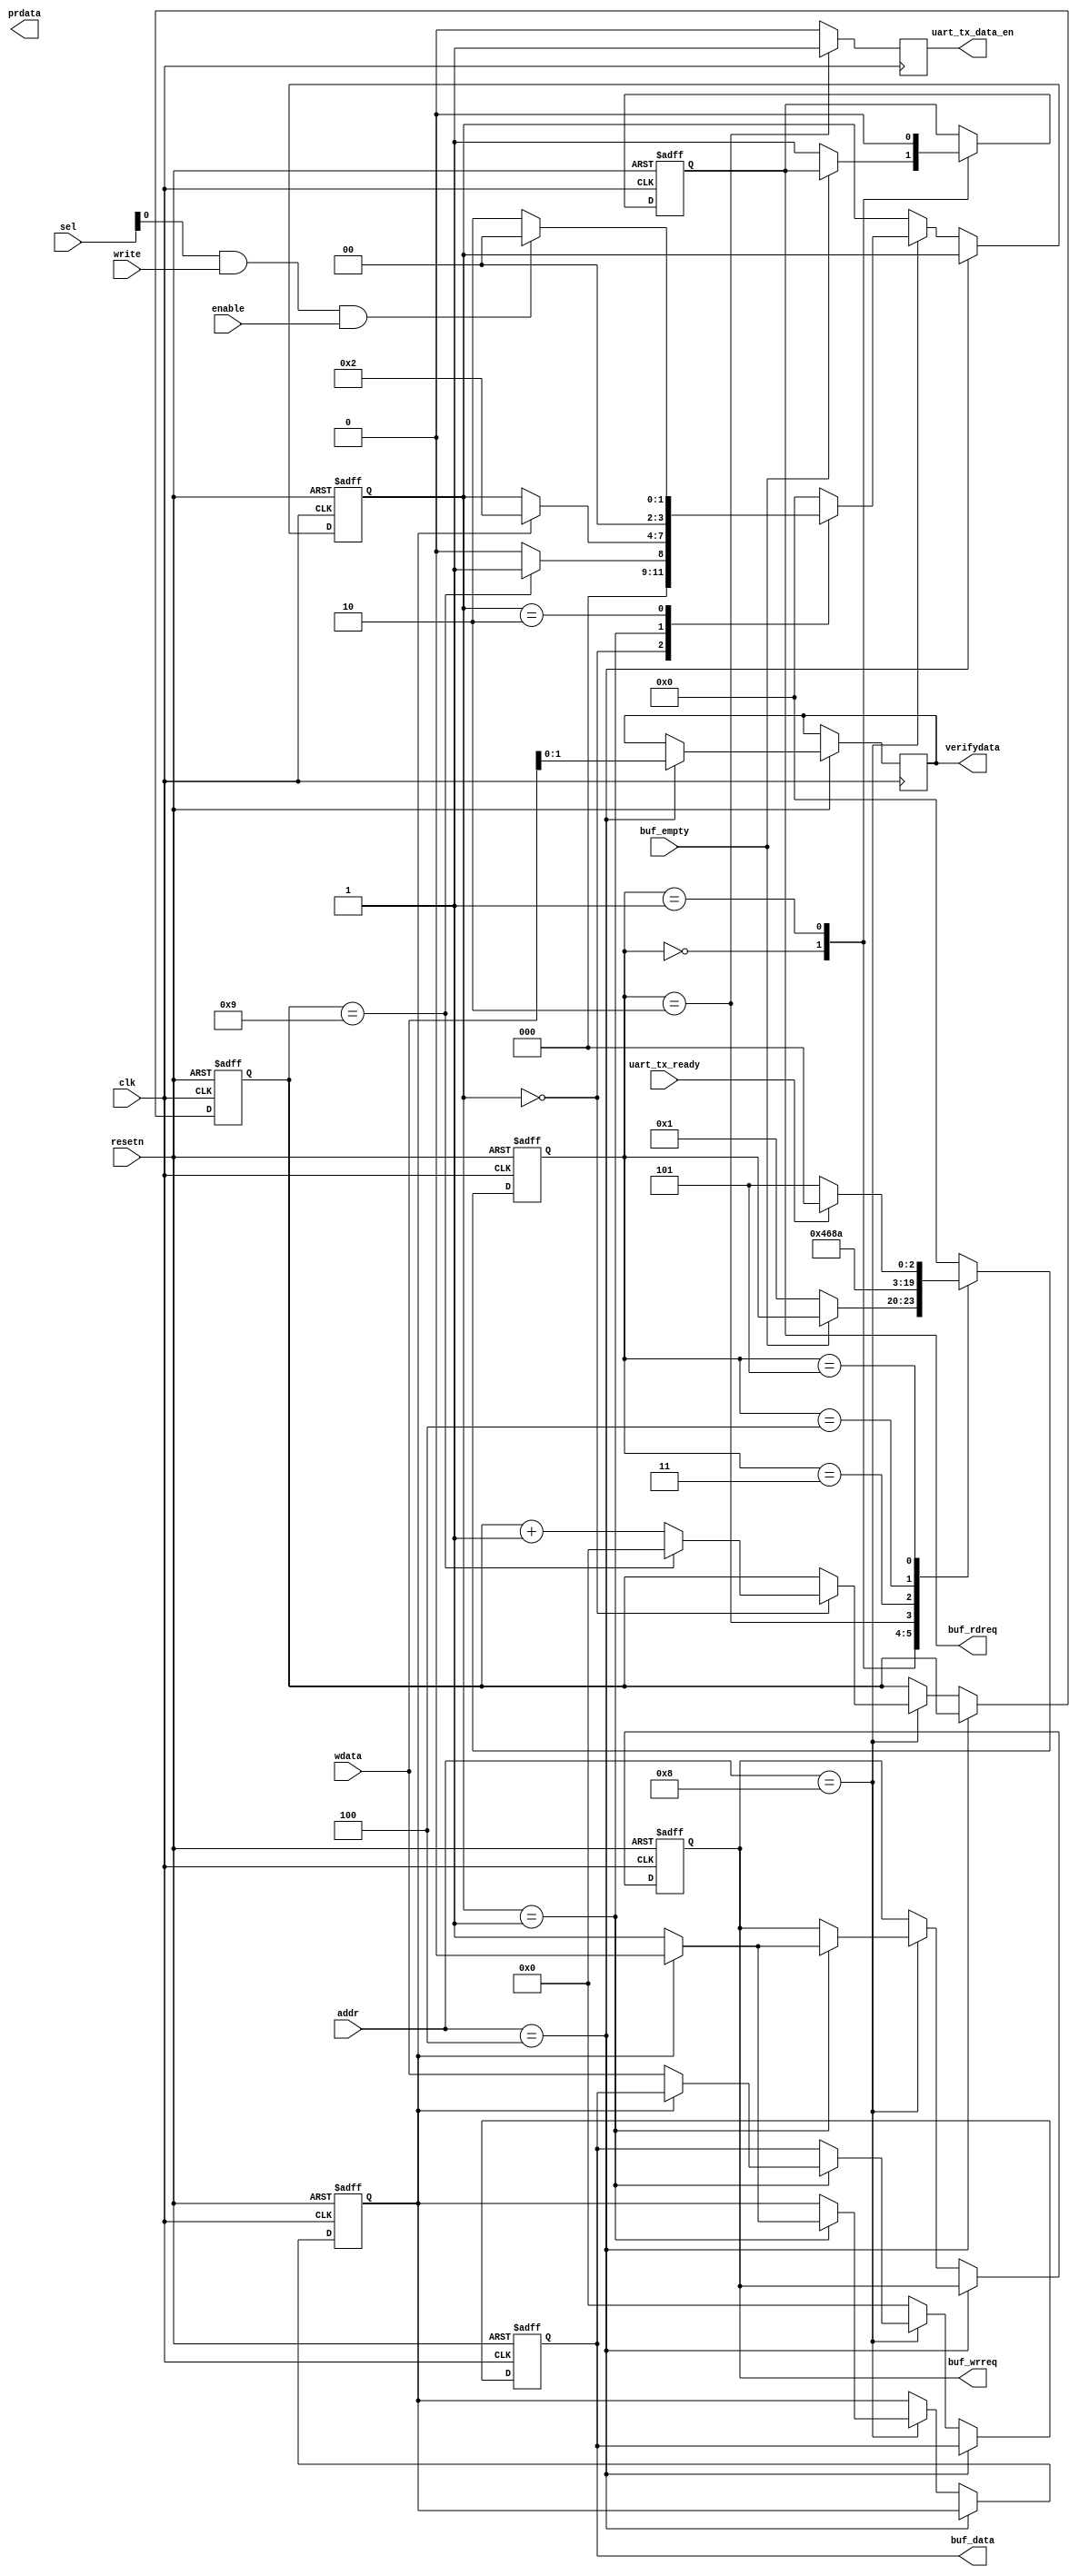
`timescale 1 ns/ 1 ps
module uart_tx_fifo
(
   input         clk,
	input         resetn,
	input[31:0]   addr,
	input[3:0]    sel,
	input         enable,
	input         write,
	input[31:0]   wdata,
	input         buf_empty,
	input         uart_tx_ready,
	
	output reg[31:0] buf_data,
	output reg buf_rdreq,
   output reg buf_wrreq,
   output reg   uart_tx_data_en,
	output reg [1:0] verifydata,
	
   output reg[31:0]  prdata
);


localparam[31:0] txaddr=32'h8;
localparam[31:0] controladdr=32'h4;
//FIFO
localparam S_RD_IDLE   = 4'd0;
localparam S_RD_FIFO   = 4'd1;
localparam S_RD_SEND   = 4'd5;
localparam S_RD_DELAY   = 4'd2;
localparam S_RD_DELAYY   = 4'd3;
localparam S_RD_DELAYYY   = 4'd4;
//FIFO
localparam S_WR_IDLE   = 4'd0;
localparam S_WR_SEND   = 4'd1;
localparam S_WR_STOP   = 4'd2;

//reg[31:0] buf_data;
reg        aa=0;
assign write_act = sel & write & enable;
assign read_act = sel & (~write) & enable;

//wire[7:0] uart_tx_data;
//wire uart_tx_ready;
//wire uart_tx_data_en1;
//reg[7:0] buf_data;
//reg buf_rdreq;
//reg buf_wrreq;
//wire buf_empty;

reg[31:0] timer_cnt;

reg[3:0] rd_state;
reg[3:0] wr_state;

//reg[7:0] byte_cnt;
//assign uart_tx_data_en = (rd_state == S_RD_DELAY);
always@(posedge clk)
begin
if(rd_state == S_RD_DELAY)
uart_tx_data_en<=1;
else
  uart_tx_data_en<=0;
end

always@(posedge clk or negedge  resetn)
begin
	if(~ resetn)
	begin
		timer_cnt <= 32'd0;
		buf_wrreq <= 1'b0;
		wr_state <= S_WR_IDLE;
		//byte_cnt <= 8'd0;
		buf_data <= 8'd0;
		aa<=0;
	end
	else
	begin
  if(addr==controladdr)
    verifydata<=wdata[1:0];
	 else
	 begin
	if(addr==txaddr)
	begin
		case(wr_state)
			S_WR_IDLE:
			begin
				if(timer_cnt == 32'd9)//
				begin
					wr_state <= S_WR_SEND;
					timer_cnt <= 32'd0;
				end
				else
				begin
					wr_state <= S_WR_IDLE;
					timer_cnt <= timer_cnt + 32'd1;
				end
			end
			
			S_WR_SEND:
			begin
				if(aa)//
				begin
					buf_wrreq <= 1'b0;
					wr_state <= S_WR_STOP;
					aa<=0;
				end
				else
				 begin
					buf_wrreq <= 1'b1;	
				   buf_data <= wdata;
					aa<=1;
				end
			end
			
			S_WR_STOP:
			begin
			if(write_act)
			wr_state <= S_WR_IDLE;
			else
			wr_state <= S_WR_STOP;
			end
			
			default:
				wr_state <= S_WR_IDLE;
		endcase
		end
		else
		 buf_data <= 0;
		 end
	end
end





 always@(posedge clk or negedge resetn)
begin
	if(~resetn)
	begin
		buf_rdreq <= 1'b0;
		rd_state <= S_RD_IDLE;
	end
	else
	begin
		case(rd_state)
			S_RD_IDLE:
			begin
				if(~buf_empty)
				begin
					buf_rdreq <= 1'b1;
					rd_state <= S_RD_FIFO;
				end
			end
			S_RD_FIFO:
			begin
				buf_rdreq <= 1'b0;
				rd_state <= S_RD_DELAY;
			end
			
			S_RD_DELAY:
			begin
			rd_state <= S_RD_DELAYY;
			end
			
			S_RD_DELAYY:
			begin
			rd_state <= S_RD_DELAYYY;
			end
			
			S_RD_DELAYYY:
			begin
			rd_state <= S_RD_SEND;
			end
			
			S_RD_SEND:
			begin
				if(uart_tx_ready)
					rd_state <= S_RD_IDLE;
				else
					rd_state <= S_RD_SEND;
			end
			default:
				rd_state <= S_RD_IDLE;
		endcase
	end
end



endmodule